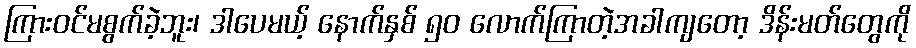
ကြားဝင်မစွက်ခဲ့ဘူး၊ ဒါပေမယ့် နောက်နှစ် ၅၀ လောက်ကြာတဲ့အခါကျတော့ ဒိန်းမတ်တွေကို